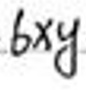
$6xy$